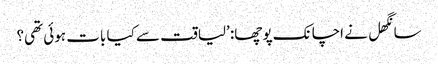
سانگھل نے اچانک پوچھا: ’لیاقت سے کیا بات ہوئی تھی؟